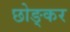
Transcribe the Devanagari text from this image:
छोङ्कर